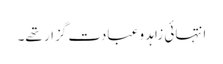
انتہائی زاہد و عبادت گزار تھے۔